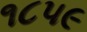
૧૮૫૯